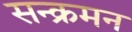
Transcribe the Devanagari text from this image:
सन्क्रमन